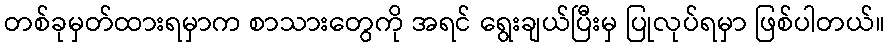
တစ်ခုမှတ်ထားရမှာက စာသားတွေကို အရင် ရွေးချယ်ပြီးမှ ပြုလုပ်ရမှာ ဖြစ်ပါတယ်။